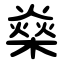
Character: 燊